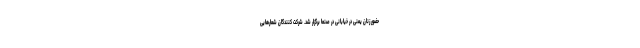
حضور زنان یمنی در خیابانی در صنعا برگزار شد. شرکت کنندگان شعارهایی